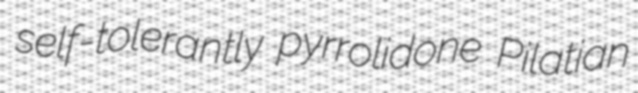
self-tolerantly pyrrolidone Pilatian